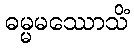
ဓမ္မမဿောသိံ